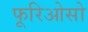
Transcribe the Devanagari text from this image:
फूरिओसो